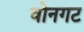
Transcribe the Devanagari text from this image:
वोनगट